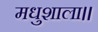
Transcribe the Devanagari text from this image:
मधुशाला।।